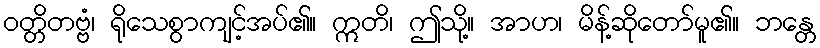
ဝတ္တိတဗ္ဗံ၊ ရိုသေစွာကျင့်အပ်၏။ ဣတိ၊ ဤသို့။ အာဟ၊ မိန့်ဆိုတော်မူ၏။ ဘန္တေ